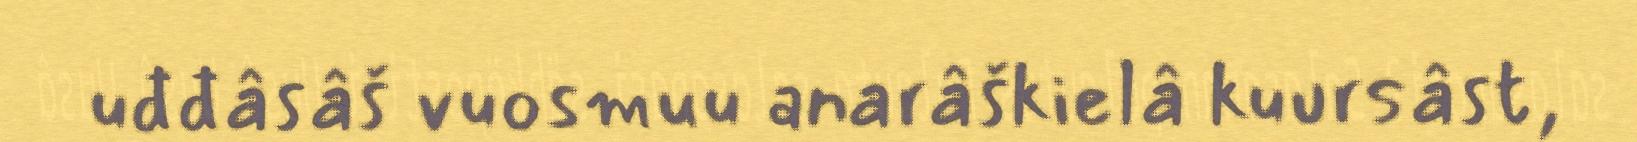
uđđâsâš vuosmuu anarâškielâ kuursâst,